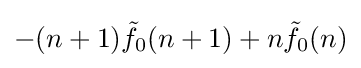
-(n+1){\tilde {f}}_{0}(n+1)+n{\tilde {f}}_{0}(n)